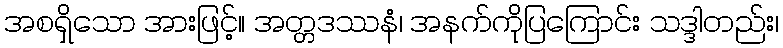
အစရှိသော အားဖြင့်။ အတ္တဒဿနံ၊ အနက်ကိုပြကြောင်း သဒ္ဒါတည်း၊